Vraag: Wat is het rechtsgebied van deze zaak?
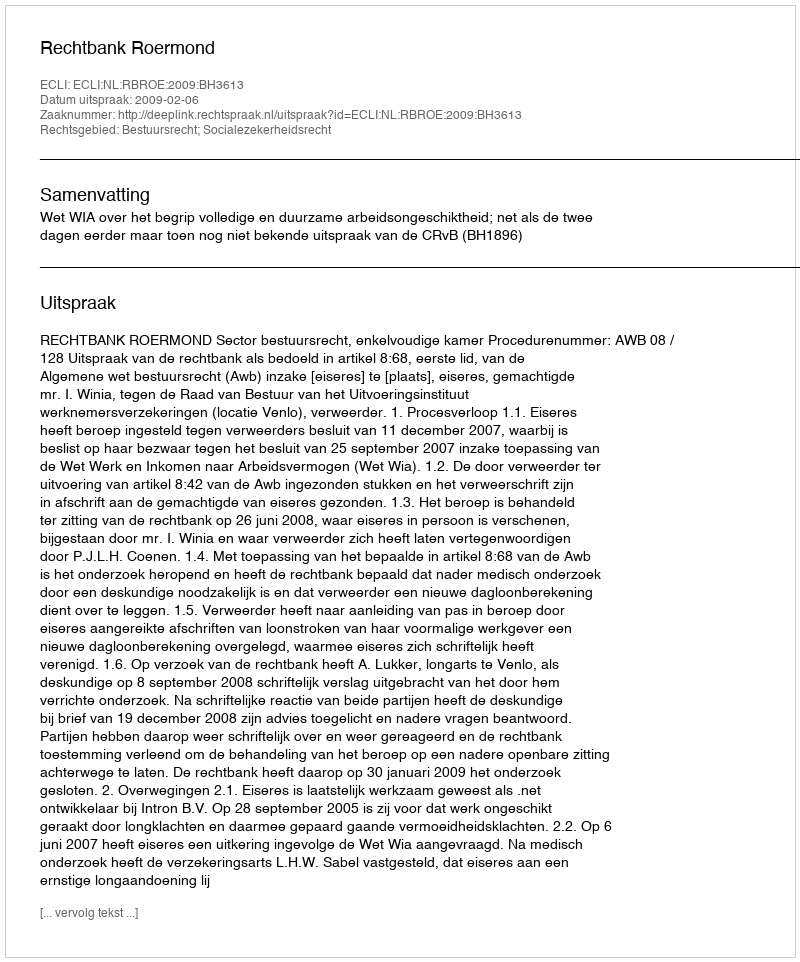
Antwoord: Bestuursrecht; Socialezekerheidsrecht